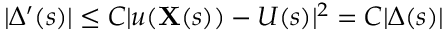
| \Delta ^ { \prime } ( s ) | \leq C | u ( \mathbf { X } ( s ) ) - U ( s ) | ^ { 2 } = C | \Delta ( s ) |